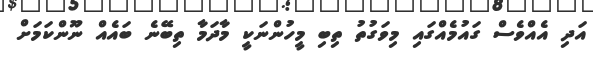
އަދި އެއްވެސް ގައުމެއްގައި މިވަގުތު ތިބި މީހުންނަކީ މާދަމާ ތިބޭނެ ބައެއް ނޫންކަމަށް